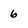
Character: 6